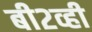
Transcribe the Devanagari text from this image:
बी२व्ही